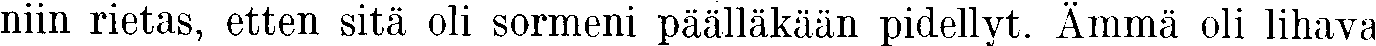
niin rietas, etten sitä oli sormeni päälläkään pidellyt. Ämmä oli lihava